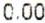
0.00